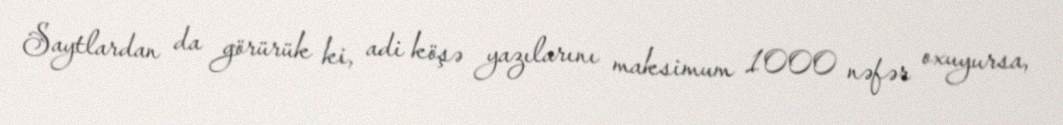
Saytlardan da görürük ki, adi köşə yazılarını maksimum 1000 nəfər oxuyursa,